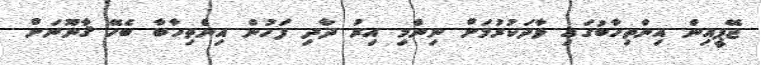
ޖޭޕީއިން އިންތިހާބުގައި ވާދަކުރުމަށް ނިންމި އިރު ދާދި ފަހުން އިންތިހާބާ ބެހޭ ޤާނޫނަށް